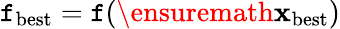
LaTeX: \mathtt{f}_{\mathrm{{best}}}=\mathtt{f}(\ensuremath{{\mathbf{{x}}}}_{\mathrm{{best}}})